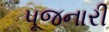
પૂજનારી